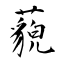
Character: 藐